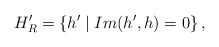
\begin{align*}H_{R}^{\prime }=\left\{ h^{\prime }\mid Im(h^{\prime },h)=0\right\} ,\quad\end{align*}